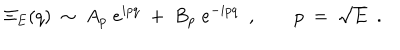
\Xi _ { E } ( q ) \ \sim \ A _ { p } \; e ^ { i p q } \; + \; B _ { p } \; e ^ { - i p q } \ \ , \qquad p \ = \ \sqrt { E } \ \ .